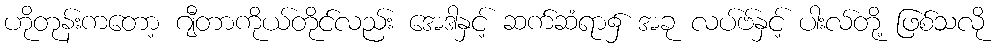
ဟိုတုန်းကတော့ ဂျီတာကိုယ်တိုင်လည်း အေဒါနှင့် ဆက်ဆံရာ၌ အခု လပ်ဗ်နှင့် ပါးလ်တို့ ဖြစ်သလို